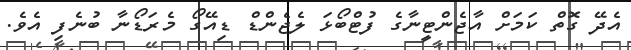
އެދޭ ގޮތް ކަމަށް އާޖެންޓީނާގެ ފުޓްބޯޅަ ލެޖެންޑް ޑިއޭގޯ މެރަޑޯނާ ބުނެފި އެވެ.